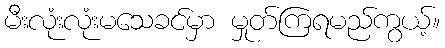
မီးလုံးလုံးမသေခင်မှာ မှုတ်ကြရမည်ကွယ့်။